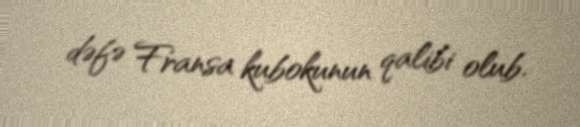
dəfə Fransa kubokunun qalibi olub.